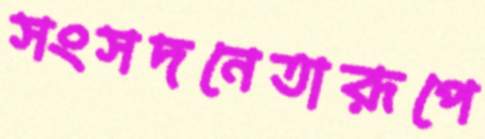
সংসদনেতারূপে